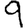
Digit: 9